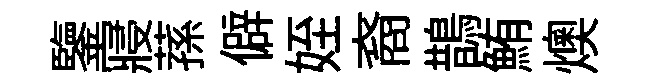
鑒寢蓀僻姪裔鵲鮪燠